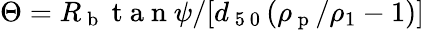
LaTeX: \Theta=R_{\mathrm{~b~}}\mathrm{~t~a~n~}\psi/[d_{\mathrm{~5~0~}}(\rho_{\mathrm{~p~}}/\rho_{1}-1)]